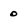
Character: 0